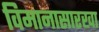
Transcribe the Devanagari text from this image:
विमानासारखा